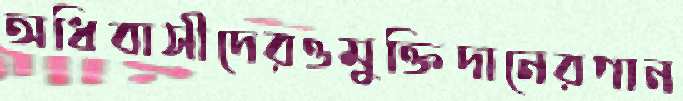
অধিবাসীদেরওমুক্তিদানেরগান